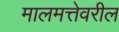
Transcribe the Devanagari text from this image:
मालमत्तेवरील